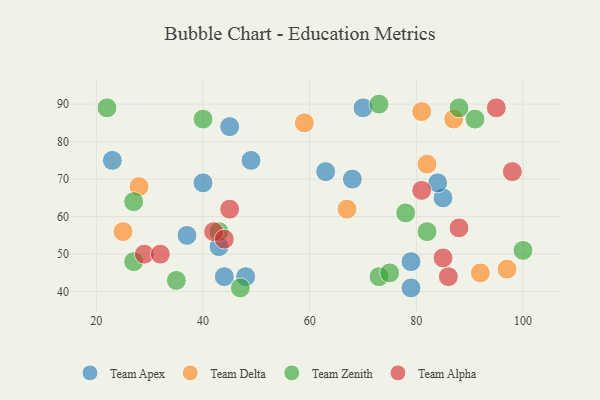
{"axis": {"x": "GDP", "y": "Life Expectancy"}, "legend": ["Team Alpha", "Team Apex", "Team Delta", "Team Zenith"], "data": [{"x": "23", "y": 75, "type": "Team Apex"}, {"x": "49", "y": 75, "type": "Team Apex"}, {"x": "68", "y": 70, "type": "Team Apex"}, {"x": "79", "y": 41, "type": "Team Apex"}, {"x": "44", "y": 44, "type": "Team Apex"}, {"x": "48", "y": 44, "type": "Team Apex"}, {"x": "40", "y": 69, "type": "Team Apex"}, {"x": "85", "y": 65, "type": "Team Apex"}, {"x": "37", "y": 55, "type": "Team Apex"}, {"x": "45", "y": 84, "type": "Team Apex"}, {"x": "70", "y": 89, "type": "Team Apex"}, {"x": "43", "y": 52, "type": "Team Apex"}, {"x": "84", "y": 69, "type": "Team Apex"}, {"x": "79", "y": 48, "type": "Team Apex"}, {"x": "63", "y": 72, "type": "Team Apex"}, {"x": "82", "y": 74, "type": "Team Delta"}, {"x": "25", "y": 56, "type": "Team Delta"}, {"x": "92", "y": 45, "type": "Team Delta"}, {"x": "28", "y": 68, "type": "Team Delta"}, {"x": "67", "y": 62, "type": "Team Delta"}, {"x": "87", "y": 86, "type": "Team Delta"}, {"x": "59", "y": 85, "type": "Team Delta"}, {"x": "81", "y": 88, "type": "Team Delta"}, {"x": "97", "y": 46, "type": "Team Delta"}, {"x": "43", "y": 56, "type": "Team Zenith"}, {"x": "40", "y": 86, "type": "Team Zenith"}, {"x": "88", "y": 89, "type": "Team Zenith"}, {"x": "35", "y": 43, "type": "Team Zenith"}, {"x": "27", "y": 48, "type": "Team Zenith"}, {"x": "73", "y": 90, "type": "Team Zenith"}, {"x": "73", "y": 44, "type": "Team Zenith"}, {"x": "27", "y": 64, "type": "Team Zenith"}, {"x": "91", "y": 86, "type": "Team Zenith"}, {"x": "78", "y": 61, "type": "Team Zenith"}, {"x": "100", "y": 51, "type": "Team Zenith"}, {"x": "22", "y": 89, "type": "Team Zenith"}, {"x": "82", "y": 56, "type": "Team Zenith"}, {"x": "75", "y": 45, "type": "Team Zenith"}, {"x": "47", "y": 41, "type": "Team Zenith"}, {"x": "98", "y": 72, "type": "Team Alpha"}, {"x": "42", "y": 56, "type": "Team Alpha"}, {"x": "29", "y": 50, "type": "Team Alpha"}, {"x": "81", "y": 67, "type": "Team Alpha"}, {"x": "86", "y": 44, "type": "Team Alpha"}, {"x": "44", "y": 54, "type": "Team Alpha"}, {"x": "95", "y": 89, "type": "Team Alpha"}, {"x": "88", "y": 57, "type": "Team Alpha"}, {"x": "85", "y": 49, "type": "Team Alpha"}, {"x": "32", "y": 50, "type": "Team Alpha"}, {"x": "45", "y": 62, "type": "Team Alpha"}]}